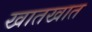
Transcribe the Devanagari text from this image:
खातखात